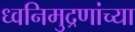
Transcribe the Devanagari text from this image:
ध्वनिमुद्रणांच्या